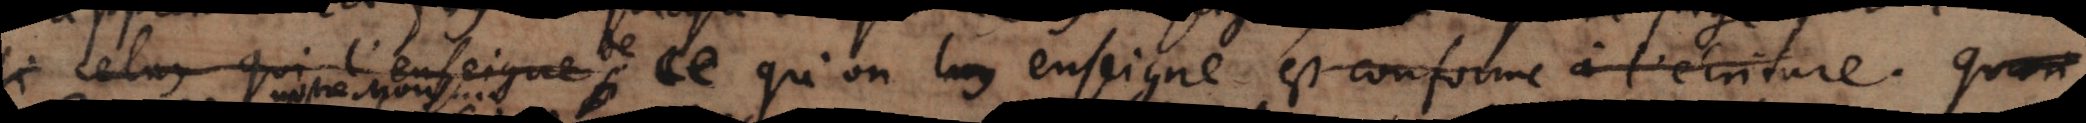
Si celuy qui l’enseigne de ce qu’on luy enseigne est conforme à l’écriture . qu’on